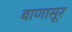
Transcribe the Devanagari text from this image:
बाणासूर